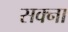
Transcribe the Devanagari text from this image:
सक्ना